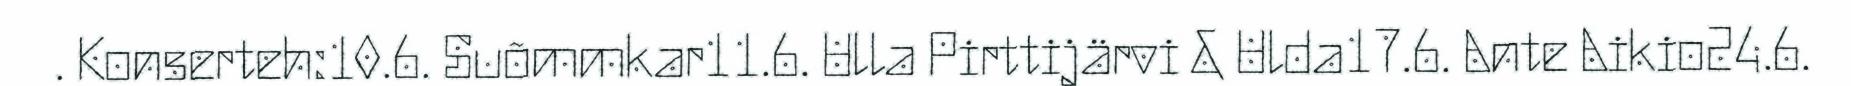
. Konserteh:10.6. Suõmmkar11.6. Ulla Pirttijärvi & Ulda17.6. Ante Aikio24.6.